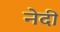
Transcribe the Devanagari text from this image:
नेदी